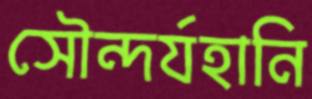
সৌন্দর্যহানি